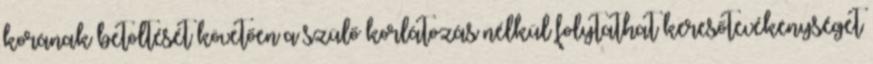
korának betöltését követően a szülő korlátozás nélkül folytathat keresőtevékenységet